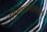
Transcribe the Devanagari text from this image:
विचारप्रक्रियेसंबंधीही